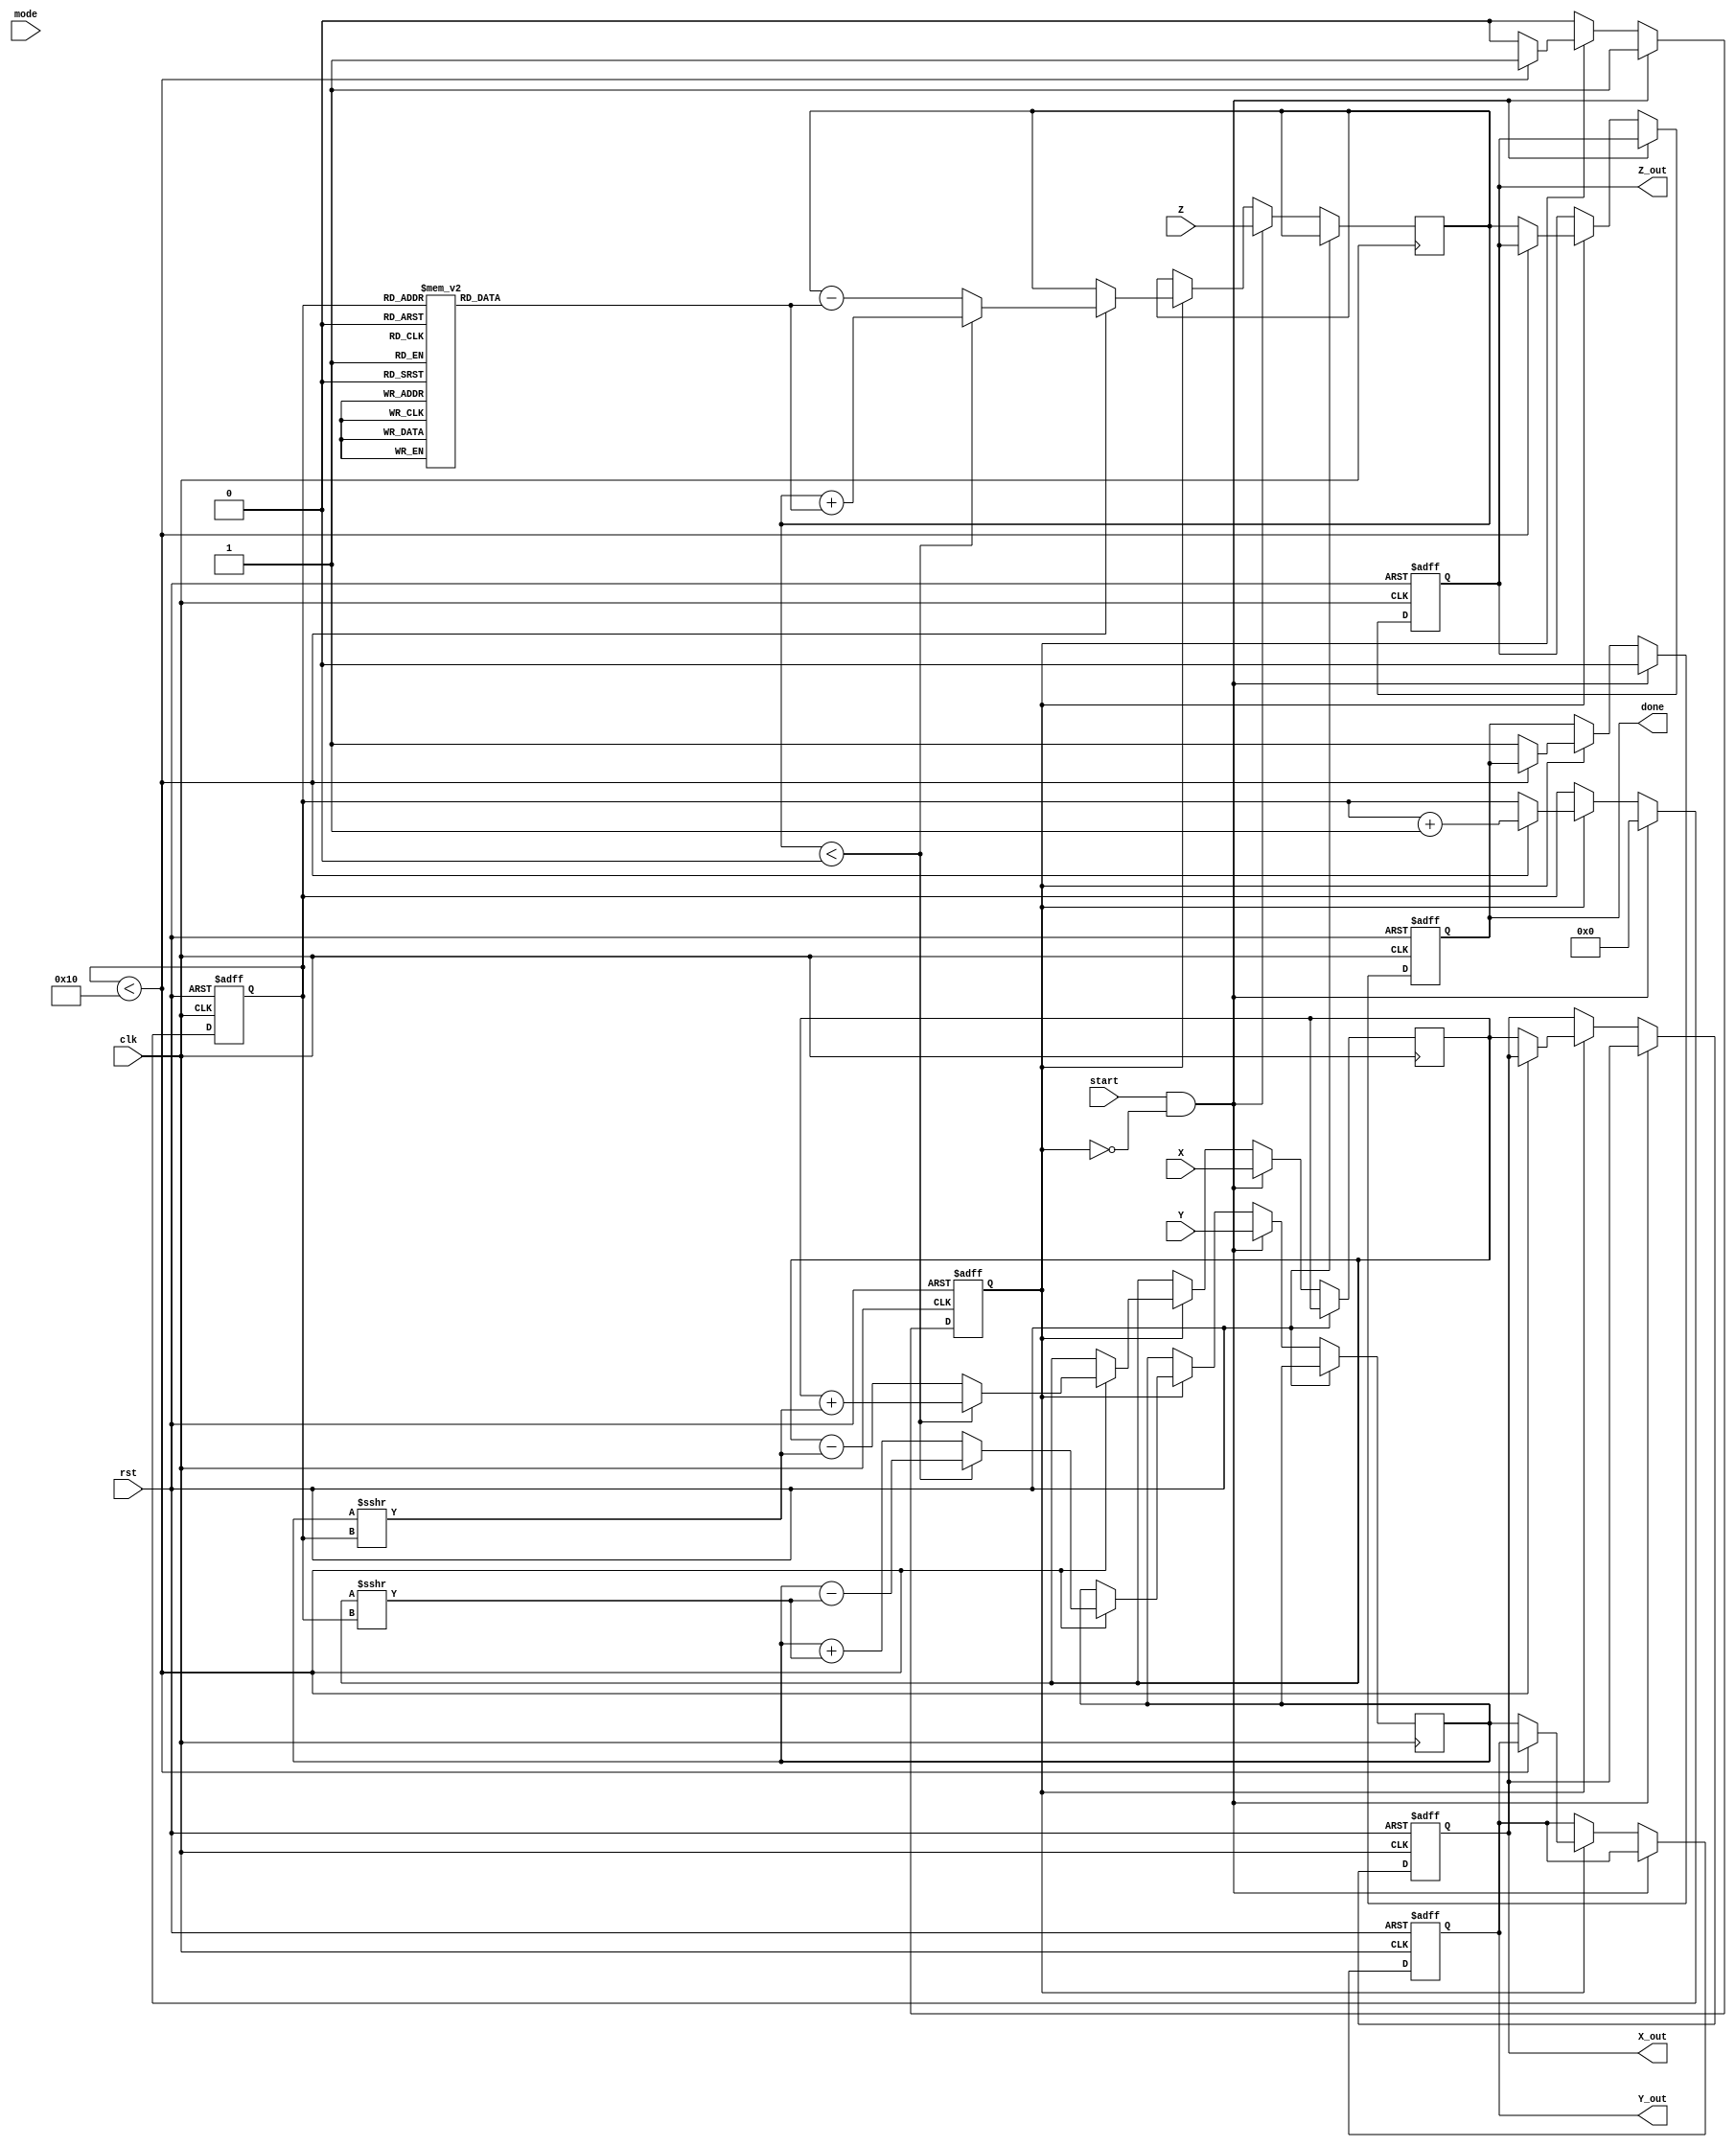
module cordic_2d (
    input wire signed [15:0] X,      // Input X-coordinate
    input wire signed [15:0] Y,      // Input Y-coordinate
    input wire signed [15:0] Z,      // Input angle
    input wire [1:0] mode,            // Operation mode (rotation/vectoring)
    input wire start,                 // Start signal
    input wire clk,                   // Clock signal
    input wire rst,                   // Reset signal
    output reg signed [15:0] X_out,   // Output X-coordinate
    output reg signed [15:0] Y_out,   // Output Y-coordinate
    output reg signed [15:0] Z_out,   // Output angle or other results
    output reg done                   // Done signal
);

    // CORDIC parameters
    parameter ITERATIONS = 16;        // Number of iterations
    reg signed [15:0] angle_table [0:ITERATIONS-1]; // Lookup table for arctangent values
    reg signed [15:0] x_reg, y_reg, z_reg;
    reg [3:0] counter;                 // Iteration counter
    reg running;                       // Running state

    // Initialize angle table (arctan(2^-i) values)
    initial begin
        angle_table[0] = 16'h2000; // atan(2^0) = 0.7854 (in fixed-point)
        angle_table[1] = 16'h1000; // atan(2^-1) = 0.4636
        angle_table[2] = 16'h0800; // atan(2^-2) = 0.2449
        angle_table[3] = 16'h0400; // atan(2^-3) = 0.1244
        // Continue filling the table for more iterations...
        // You can add more values as needed
    end

    always @(posedge clk or posedge rst) begin
        if (rst) begin
            // Reset state
            X_out <= 0;
            Y_out <= 0;
            Z_out <= 0;
            done <= 0;
            counter <= 0;
            running <= 0;
        end else if (start && !running) begin
            // Start the computation
            x_reg <= X;
            y_reg <= Y;
            z_reg <= Z;
            counter <= 0;
            running <= 1;
            done <= 0;
        end else if (running) begin
            // CORDIC iteration logic
            if (counter < ITERATIONS) begin
                if (z_reg < 0) begin
                    // Rotate counter-clockwise
                    x_reg <= x_reg + (y_reg >>> counter);
                    y_reg <= y_reg - (x_reg >>> counter);
                    z_reg <= z_reg + angle_table[counter];
                end else begin
                    // Rotate clockwise
                    x_reg <= x_reg - (y_reg >>> counter);
                    y_reg <= y_reg + (x_reg >>> counter);
                    z_reg <= z_reg - angle_table[counter];
                end
                counter <= counter + 1;
            end else begin
                // Finished all iterations
                X_out <= x_reg;
                Y_out <= y_reg;
                Z_out <= z_reg; // Could be used for other results
                done <= 1;
                running <= 0;
            end
        end
    end

endmodule